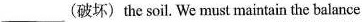
___(破坏)the soil. We must maintain the balance